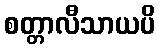
စတ္တာလီသာယပိ